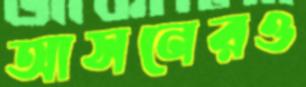
আসনেরও